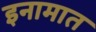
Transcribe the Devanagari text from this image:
इनामात